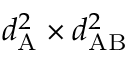
d _ { \mathrm { A } } ^ { 2 } \times d _ { \mathrm { A B } } ^ { 2 }